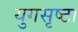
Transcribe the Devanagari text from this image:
युगसृष्टा